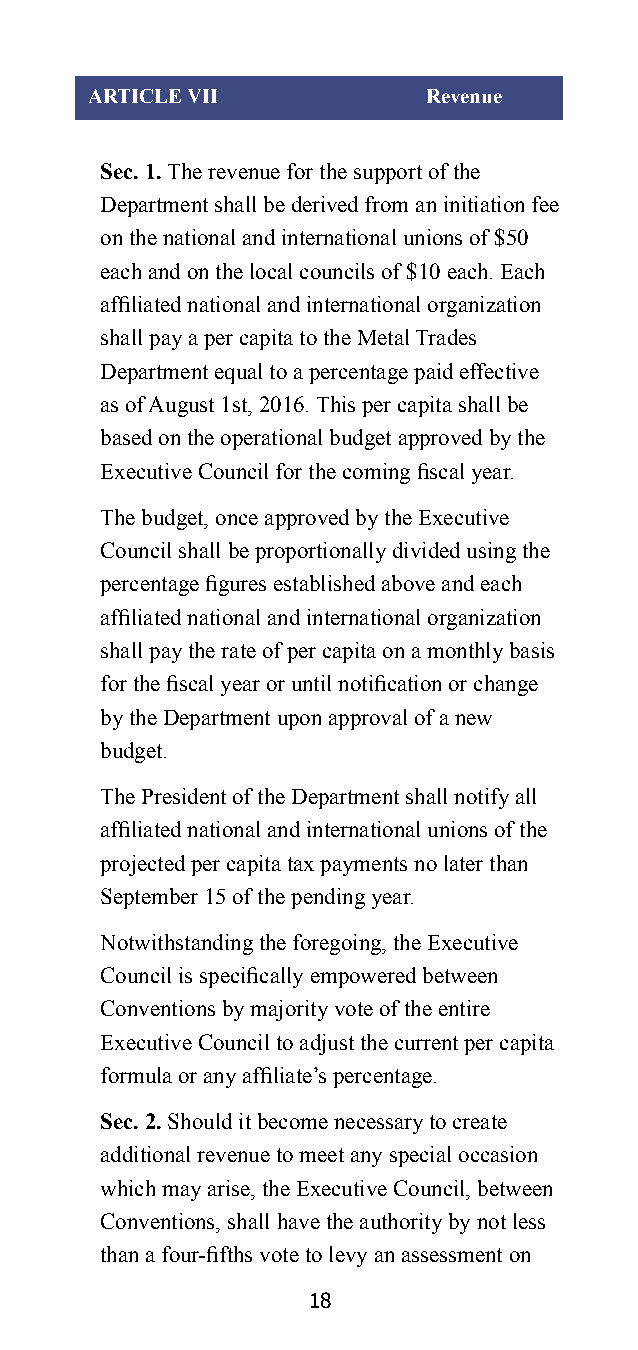
ARTICLE VII           Revenue
 Sec. 1. The revenue for the support of the
 Department shall be derived from an initiation fee
 on the national and international unions of $50
 each and on the local councils of $10 each. Each
 affiliated national and international organization
 shall pay a per capita to the Metal Trades
 Department equal to a percentage paid effective
 as of August 1st, 2016. This per capita shall be
 based on the operational budget approved by the
 Executive Council for the coming fiscal year.
 The budget, once approved by the Executive
 Council shall be proportionally divided using the
 percentage figures established above and each
 affiliated national and international organization
 shall pay the rate of per capita on a monthly basis
 for the fiscal year or until notification or change
 by the Department upon approval of a new
 budget.
 The President of the Department shall notify all
 affiliated national and international unions of the
 projected per capita tax payments no later than
 September 15 of the pending year.
 Notwithstanding the foregoing, the Executive
 Council is specifically empowered between
 Conventions by majority vote of the entire
 Executive Council to adjust the current per capita
 formula or any affiliate’s percentage.
 Sec. 2. Should it become necessary to create
 additional revenue to meet any special occasion
 which may arise, the Executive Council, between
 Conventions, shall have the authority by not less
 than a four-fifths vote to levy an assessment on
 18